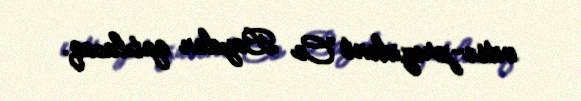
vitse-prezident Co Bayden qatılacaq.